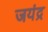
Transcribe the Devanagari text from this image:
जयंद्र